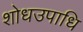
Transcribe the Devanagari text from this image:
शोधउपाधि